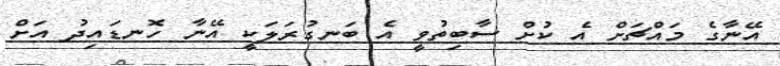
އޭނާގެ މައްޗަށް އެ ކުށް ސާބިތުވީ އެ ބަނގުރަލަކީ އޭނާ ހޮނޑައިދު އަށް